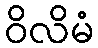
ဝိလိမံ